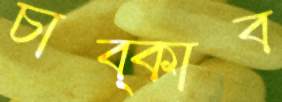
চাব্‌কাব